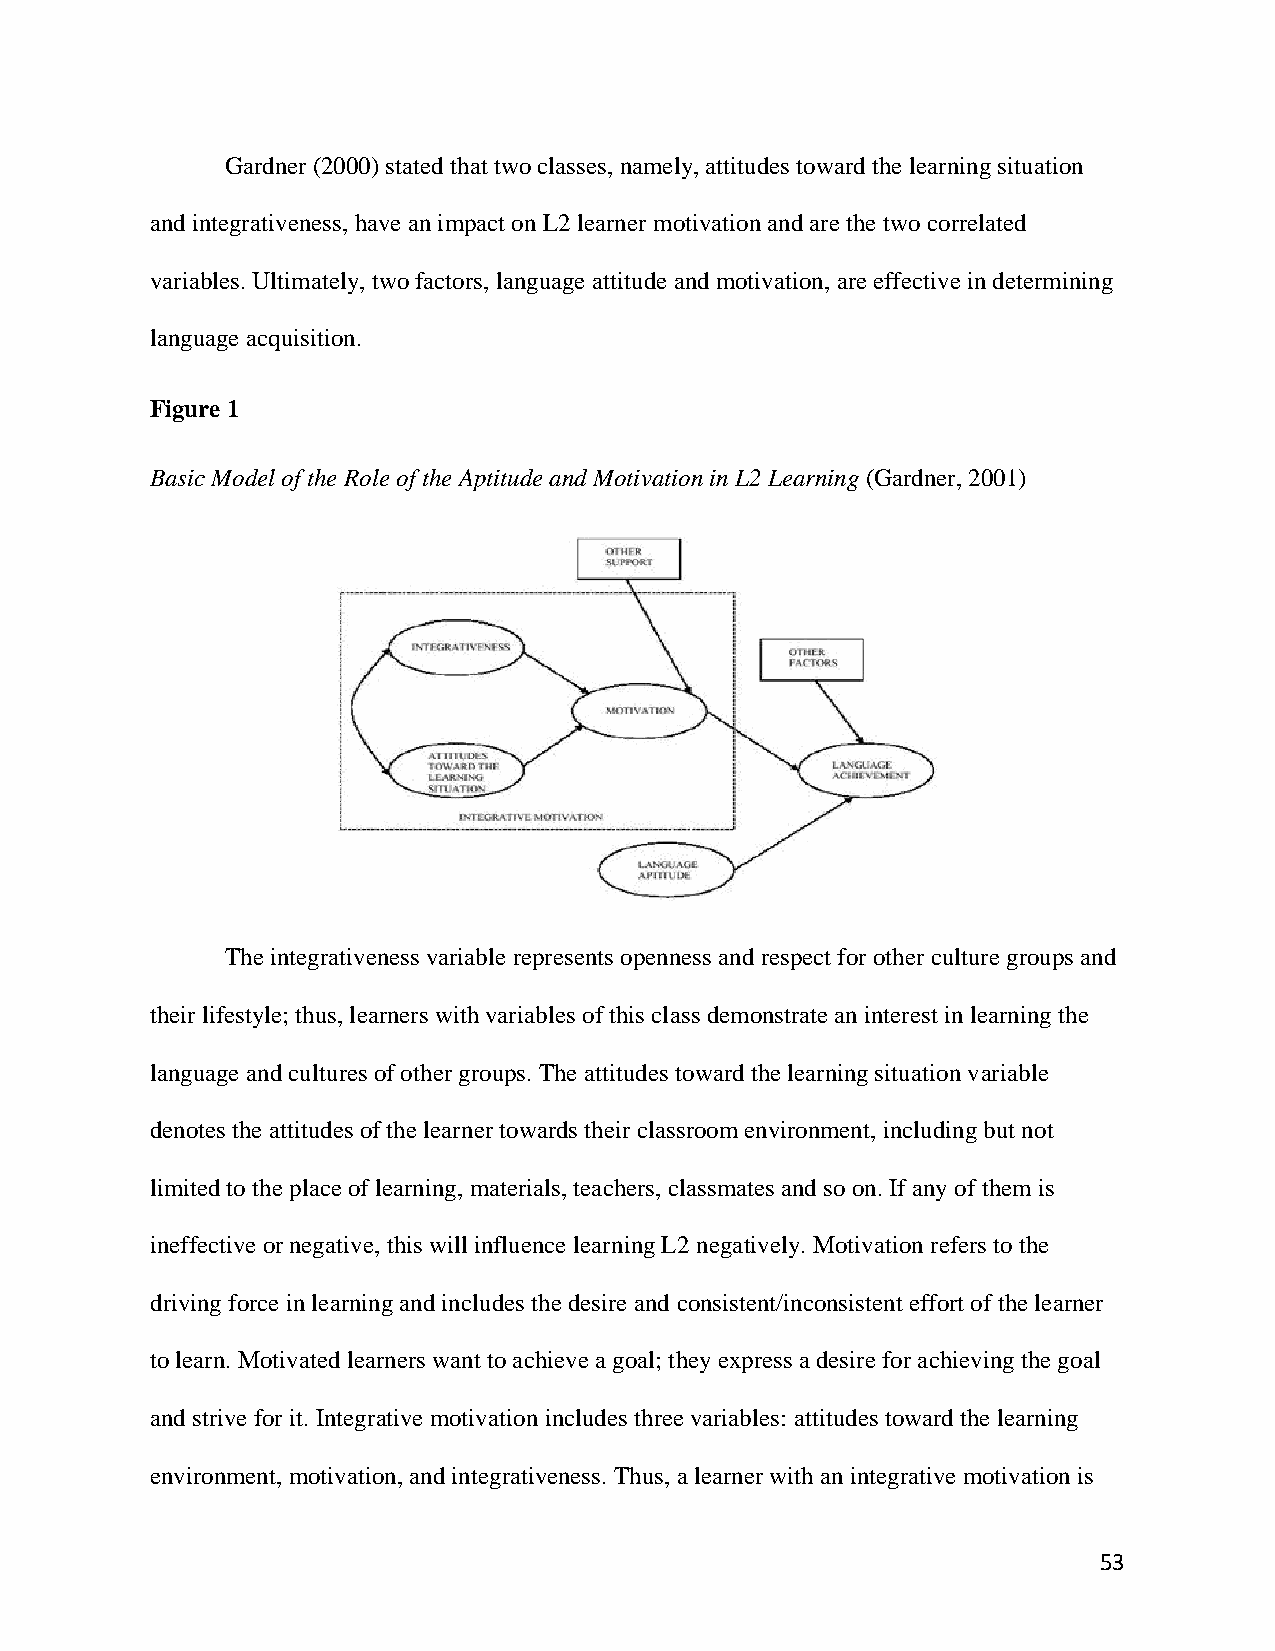
Gardner (2000) stated that two classes, namely, attitudes toward the learning situation
 and integrativeness, have an impact on L2 learner motivation and are the two correlated
 variables. Ultimately, two factors, language attitude and motivation, are effective in determining
 language acquisition.
 Figure 1
 Basic Model of the Role of the Aptitude and Motivation in L2 Learning (Gardner, 2001)
 The integrativeness variable represents openness and respect for other culture groups and
 their lifestyle; thus, learners with variables of this class demonstrate an interest in learning the
 language and cultures of other groups. The attitudes toward the learning situation variable
 denotes the attitudes of the learner towards their classroom environment, including but not
 limited to the place of learning, materials, teachers, classmates and so on. If any of them is
 ineffective or negative, this will influence learning L2 negatively. Motivation refers to the
 driving force in learning and includes the desire and consistent/inconsistent effort of the learner
 to learn. Motivated learners want to achieve a goal; they express a desire for achieving the goal
 and strive for it. Integrative motivation includes three variables: attitudes toward the learning
 environment, motivation, and integrativeness. Thus, a learner with an integrative motivation is
 53